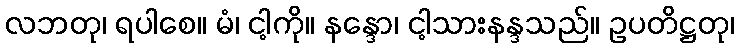
လဘတု၊ ရပါစေ။ မံ၊ ငါ့ကို။ နန္ဒော၊ ငါ့သားနန္ဒသည်။ ဥပတိဋ္ဌတု၊